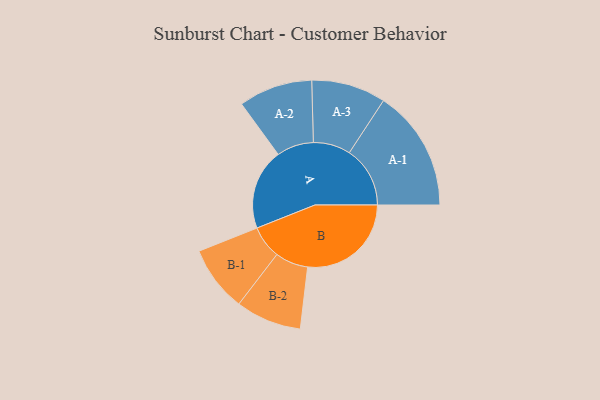
{"axis": {"x": "Segment", "y": "Value"}, "legend": ["", "A", "B"], "data": [{"x": "A", "y": 361, "type": ""}, {"x": "B", "y": 462, "type": ""}, {"x": "A-1", "y": 271, "type": "A"}, {"x": "A-2", "y": 165, "type": "A"}, {"x": "A-3", "y": 166, "type": "A"}, {"x": "B-1", "y": 147, "type": "B"}, {"x": "B-2", "y": 147, "type": "B"}]}